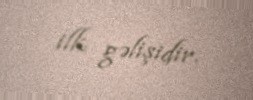
ilk gəlişidir.